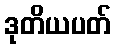
ဒုတိယပတ်